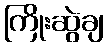
ကြိုးဆွဲချ